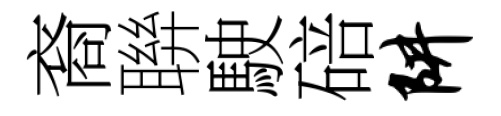
裔聨駛碚阱